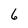
Character: 6